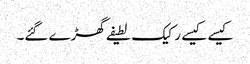
کیسے کیسے رکیک لطیفے گھڑے گئے۔